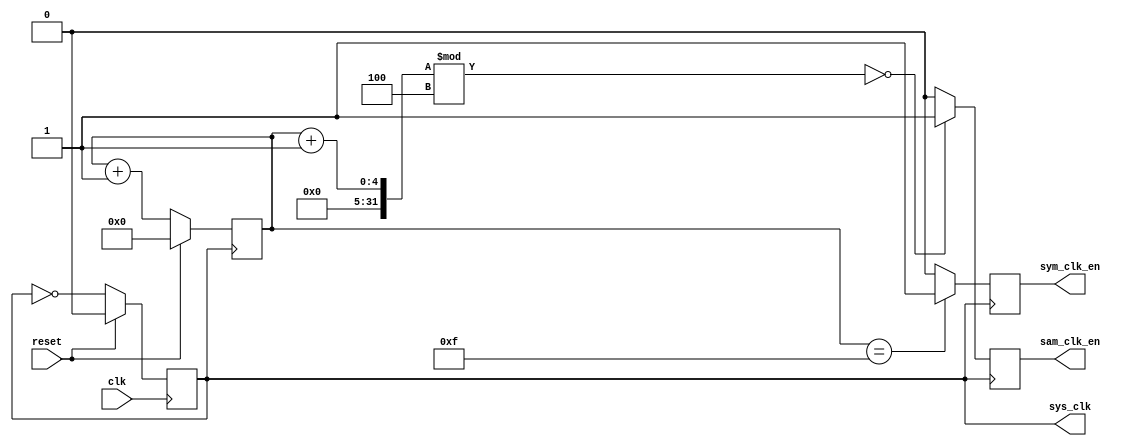
module clk_en (
    input clk, reset,
    output reg sys_clk, sam_clk_en, sym_clk_en
    );

(* noprune *) reg [3:0] cnt;

initial begin
    sys_clk = 1'b0;
    sam_clk_en = 1'b0;
    sym_clk_en = 1'b0;
    cnt = 4'b0;
end

always @ (posedge clk)
    if (reset) sys_clk = 1'b0;
    else sys_clk = ~sys_clk;

always @ (posedge sys_clk)
    if(reset) cnt = 4'b0;
    else cnt = cnt + 4'b1;

always @ (posedge sys_clk)
    //account for delay; checks for logic and performs op on next posedge
    if ( (cnt+1)%4 == 0 )
        sam_clk_en = 1'b1;
    else
        sam_clk_en = 1'b0;
        
always @ (posedge sys_clk)
    if ( cnt == 4'd15 )
        sym_clk_en = 1'b1;
    else
        sym_clk_en = 1'b0;

endmodule